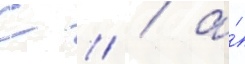
С // / а́